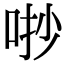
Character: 𠳕